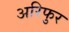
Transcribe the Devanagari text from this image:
अरिफुर